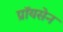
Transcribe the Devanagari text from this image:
प्रॉयसेन